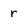
Character: r